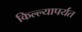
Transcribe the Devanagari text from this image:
किल्ल्यापर्यत